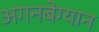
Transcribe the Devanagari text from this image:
अगनबेग्यान